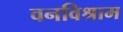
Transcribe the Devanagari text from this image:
वनविश्राम